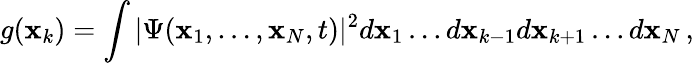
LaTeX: g({\mathbf x}_{k})=\int|\Psi({\mathbf x}_{1},\ldots,{\mathbf x}_{N},t)|^{2}d{\mathbf x}_{1}\ldots d{\mathbf x}_{k-1}d{\mathbf x}_{k+1}\ldots d{\mathbf x}_{N}\, ,